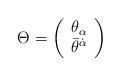
\begin{align*}\Theta=\left(\begin{array}{c} {\theta}_{\alpha}\\{\bar\theta}^{\dot\alpha}\end{array} \right)\end{align*}